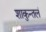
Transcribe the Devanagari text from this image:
शाकुन्तलं